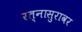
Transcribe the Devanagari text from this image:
रत्नासुरावर